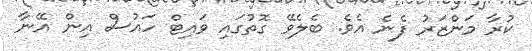
ކުރާ މަންޒަރު ފެނެ އެވެ. ބެލެވޭ ގޮތުގައި ވައިޓް ހައުސް އިން އޭނާ